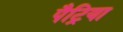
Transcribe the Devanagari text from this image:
पैट्रिया